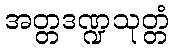
အတ္တဒဏ္ဍသုတ္တံ